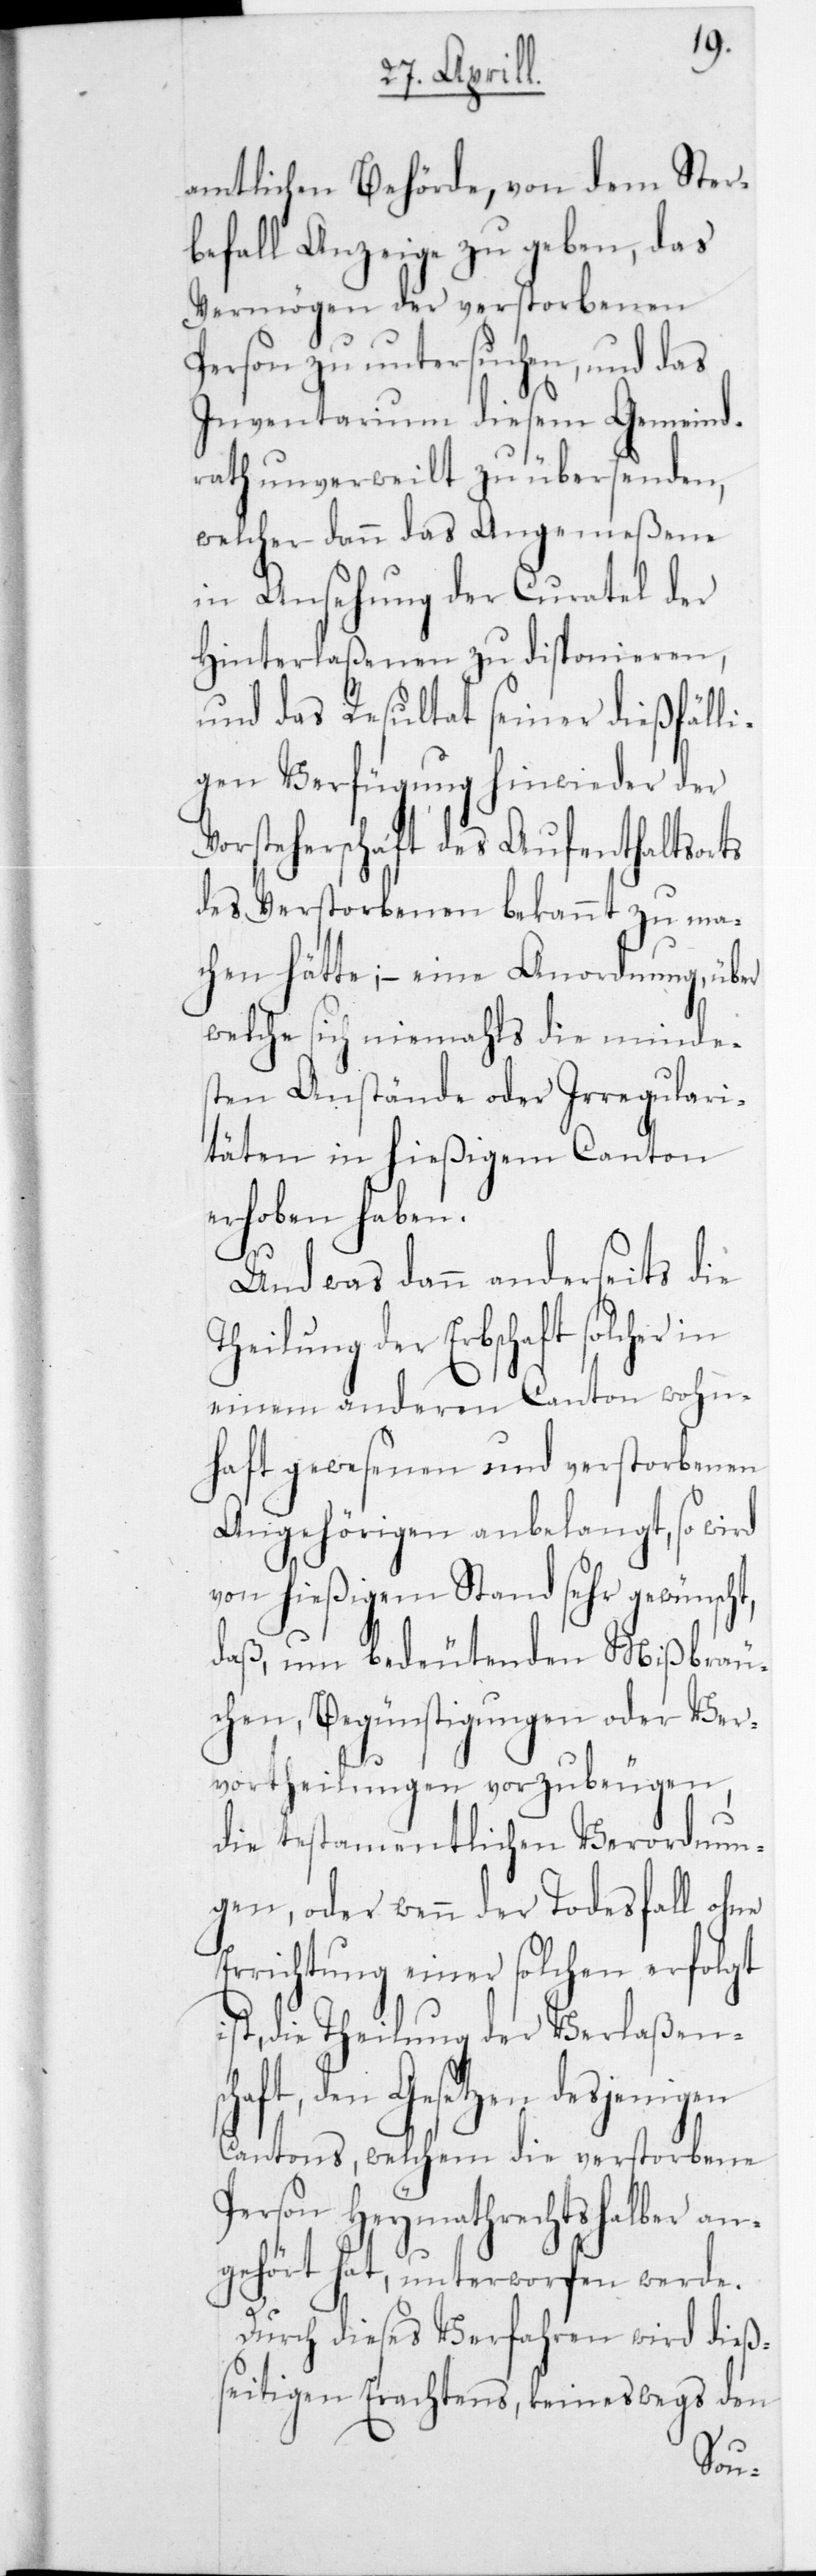
amtlichen Behörde, von dem Ster¬
befall Anzeige zu geben, das
Vermögen der verstorbenen
Person zu untersuchen, und das
Inventarium diesem Gemeind¬
rath unverweilt zu übersenden,
welcher dann das Angemeßene
in Ansehung der Curatel der
Hinterlaßenen zu disponieren,
und das Resultat seiner dießfälli¬
gen Verfügung hinwieder der
Vorsteherschaft des Aufenthaltsorts
des Verstorbenen bekannt zu ma¬
chen hätte; – eine Anordnung, über
welche sich niemahls die mindes¬
ten Anstände oder Irregulari¬
täten in hießigem Canton
erhoben haben.
Und was dann anderseits die
Theilung der Erbschaft solcher
einem anderen Canton wohn¬
haft gewesenen und verstorbenen
Angehörigen anbelangt, so wird
von hießigem Stand sehr gewünscht,
daß, um bedeutenden Mißbräu¬
chen, Begünstigungen oder Ver¬
vortheilungen vorzubeugen,
die testamentlichen Verordnun¬
gen, oder wenn der Todesfall ohne
Errichtung einer solchen erfolgt
ist, die Theilung der Verlaßens¬
chaft, den Gesetzen desjenigen
Cantons, welchem die verstorbene
Person Heymathrechtshalber an¬
gehört hat, unterworfen werde.
Durch dieses Verfahren wird dieß¬
eitigen Erachtens, keineswegs den